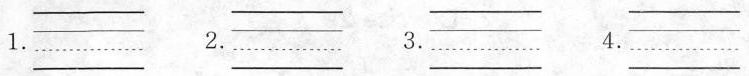
1.___ 2.___ 3.___ 4.___